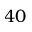
4 0